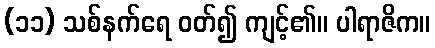
(၁၁) သစ်နက်ရေ ဝတ်၍ ကျင့်၏။ ပါရာဇိက။